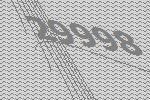
29998